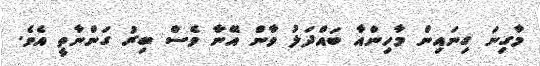
މާގިނަ ގިނައިން މާހިންއާ ބައްދަލު ވާން އޭނާ ވެސް ބިރު ގަންނާތީ އެވެ.